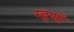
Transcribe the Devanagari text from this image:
म्हणों